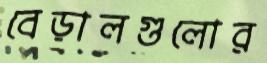
বেড়ালগুলোর